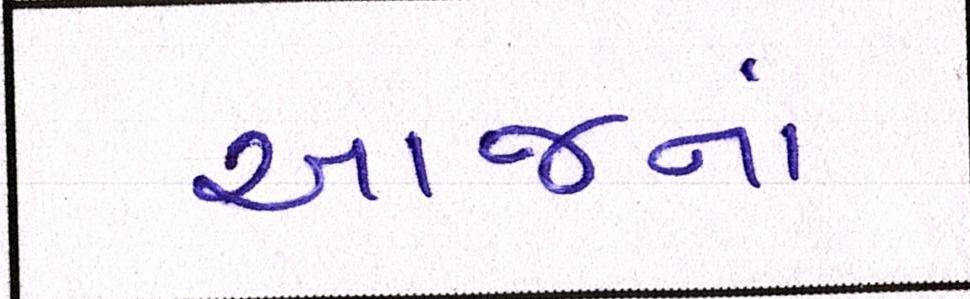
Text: આજનાં